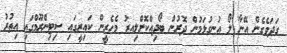
ގަދަވެގެން އޭނާ ލޯ އުނގުޅަމުން ދޮރުން ބޯދިއްކޮށްލިިއރު މެހެރީން ކައިރީގައި ސިޓިންރޫމްގައި އިތުރު